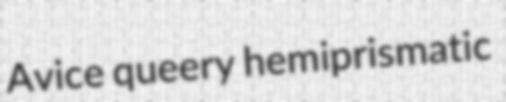
Avice queery hemiprismatic